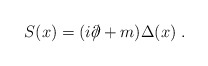
\begin{align*} S(x) = (i \partial \!\!\!/ + m) \Delta (x) \; .\end{align*}